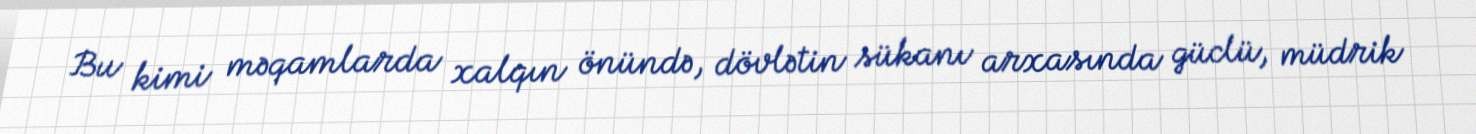
Bu kimi məqamlarda xalqın önündə, dövlətin sükanı arxasında güclü, müdrik